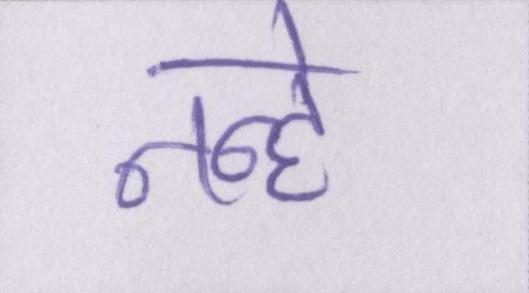
नन्हे